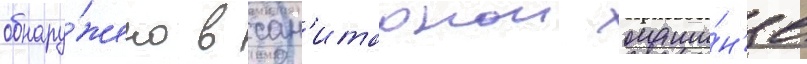
обнару́жено в сан'итарнои маши́н'е